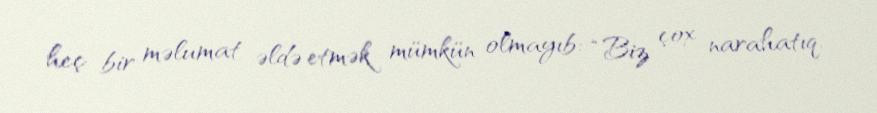
heç bir məlumat əldə etmək mümkün olmayıb: “Biz çox narahatıq.